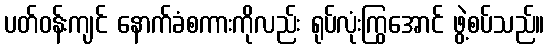
ပတ်ဝန်းကျင် နောက်ခံစကားကိုလည်း ရုပ်လုံးကြွအောင် ဖွဲ့စပ်သည်။